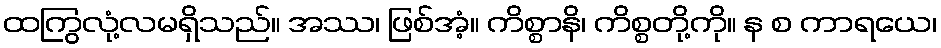
ထကြွလုံ့လမရှိသည်။ အဿ၊ ဖြစ်အံ့။ ကိစ္စာနိ၊ ကိစ္စတို့ကို။ န စ ကာရယေ၊